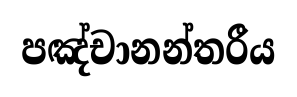
පඤ්චානන්තරීය